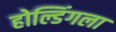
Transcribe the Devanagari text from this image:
होल्डिंगला